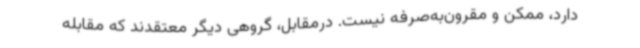
دارد، ممکن و مقرون‌به‌صرفه نیست. درمقابل، گروهی دیگر معتقدند که مقابله